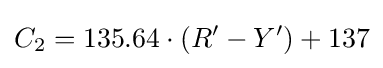
C_{2}=135.64\cdot (R^{\prime }-Y^{\prime })+137